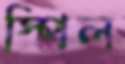
স্পিল